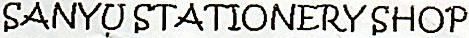
SANYU STATIONERY SHOP